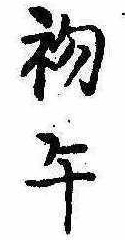
初午